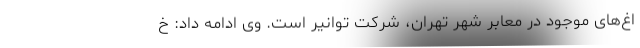
اغ‌های موجود در معابر شهر تهران، شرکت توانیر است. وی ادامه داد: خ